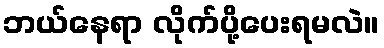
ဘယ်နေရာ လိုက်ပို့ပေးရမလဲ။